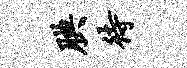
腆待